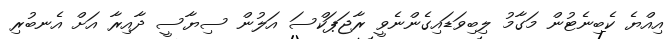
އިއްޔެ ކެބިނެޓުން މަގާމު ލިބިވަޑައިގެންނެވީ ރާޖަޕަކްސަ އަލުން ސިޔާސީ ދާއިރާ އަށް އެނބުރި